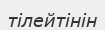
тілейтінін